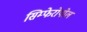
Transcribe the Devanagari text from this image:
सिम्फेरोपोल